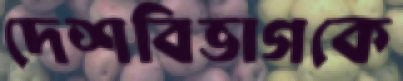
দেশবিভাগকে